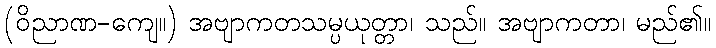
(ဝိညာဏ-ကျေ။) အဗျာကတသမ္ပယုတ္တာ၊ သည်။ အဗျာကတာ၊ မည်၏။